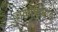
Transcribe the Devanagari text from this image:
जकोबाबाद